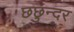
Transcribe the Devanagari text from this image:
छछुन्दर